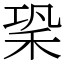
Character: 䅃